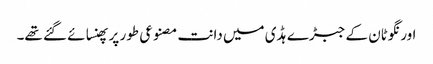
اورنگوٹان کے جبڑے ہڈی میں دانت مصنوعی طور پر پھنسائے گئے تھے۔